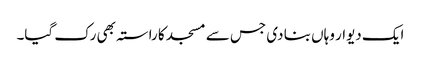
ایک دیوار وہاں بنا دی جس سے مسجد کا راستہ بھی رک گیا۔